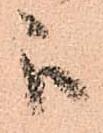
被